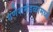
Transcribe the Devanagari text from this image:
गणेशमंडळामध्ये